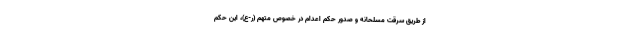
از طریق سرقت مسلحانه و صدور حکم اعدام در خصوص متهم (ر-ع)، این حکم